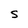
Character: S